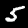
Digit: 5